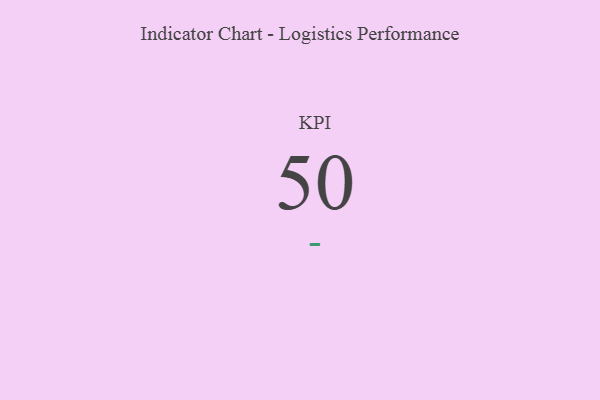
{"axis": {"x": "KPI", "y": "Value"}, "legend": [""], "data": [{"x": "KPI", "y": 50, "type": ""}]}